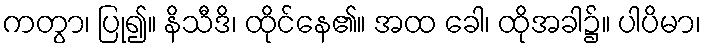
ကတွာ၊ ပြု၍။ နိသီဒိ၊ ထိုင်နေ၏။ အထ ခေါ၊ ထိုအခါ၌။ ပါပိမာ၊